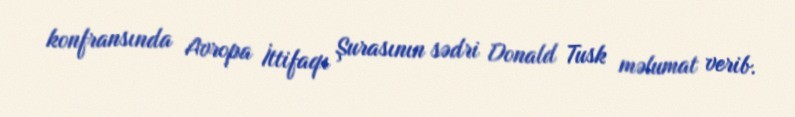
konfransında Avropa İttifaqı Şurasının sədri Donald Tusk məlumat verib.